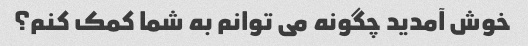
خوش آمدید چگونه می توانم به شما کمک کنم؟